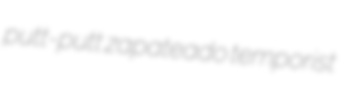
putt-putt zapateado temporist